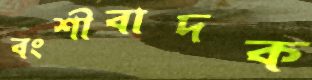
বংশীবাদক